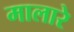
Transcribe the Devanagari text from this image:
मालारे